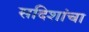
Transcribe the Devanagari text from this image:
सदिशांचा